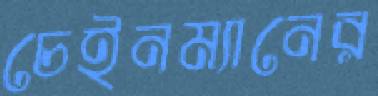
চেইনম্যানের